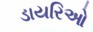
ડાયરિઓ